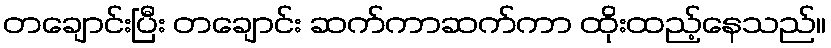
တချောင်းပြီး တချောင်း ဆက်ကာဆက်ကာ ထိုးထည့်နေသည်။